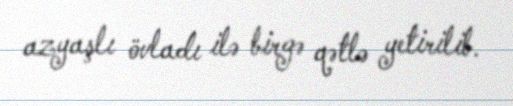
azyaşlı övladı ilə birgə qətlə yetirilib.